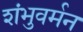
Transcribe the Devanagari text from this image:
शंभुवर्मन